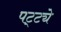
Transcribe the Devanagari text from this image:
पट्ट्ये